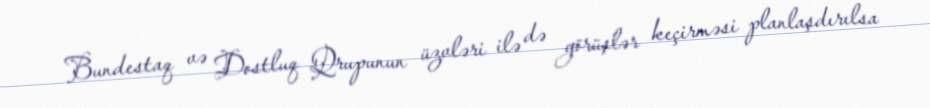
Bundestaq və Dostluq Qrupunun üzvləri ilə də görüşlər keçirməsi planlaşdırılsa